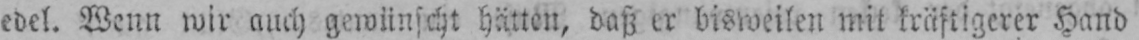
edel. Wenn wir auch gewünscht hätten, daß er bisweilen mit kräftigerer Hand